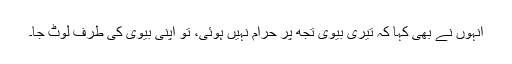
انہوں نے بھی کہا کہ تیری بیوی تجھ پر حرام نہیں ہوئی، تُو اپنی بیوی کی طرف لوٹ جا۔